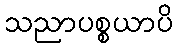
သညာပစ္စယာပိ